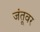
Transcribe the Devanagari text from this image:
जंतूवर